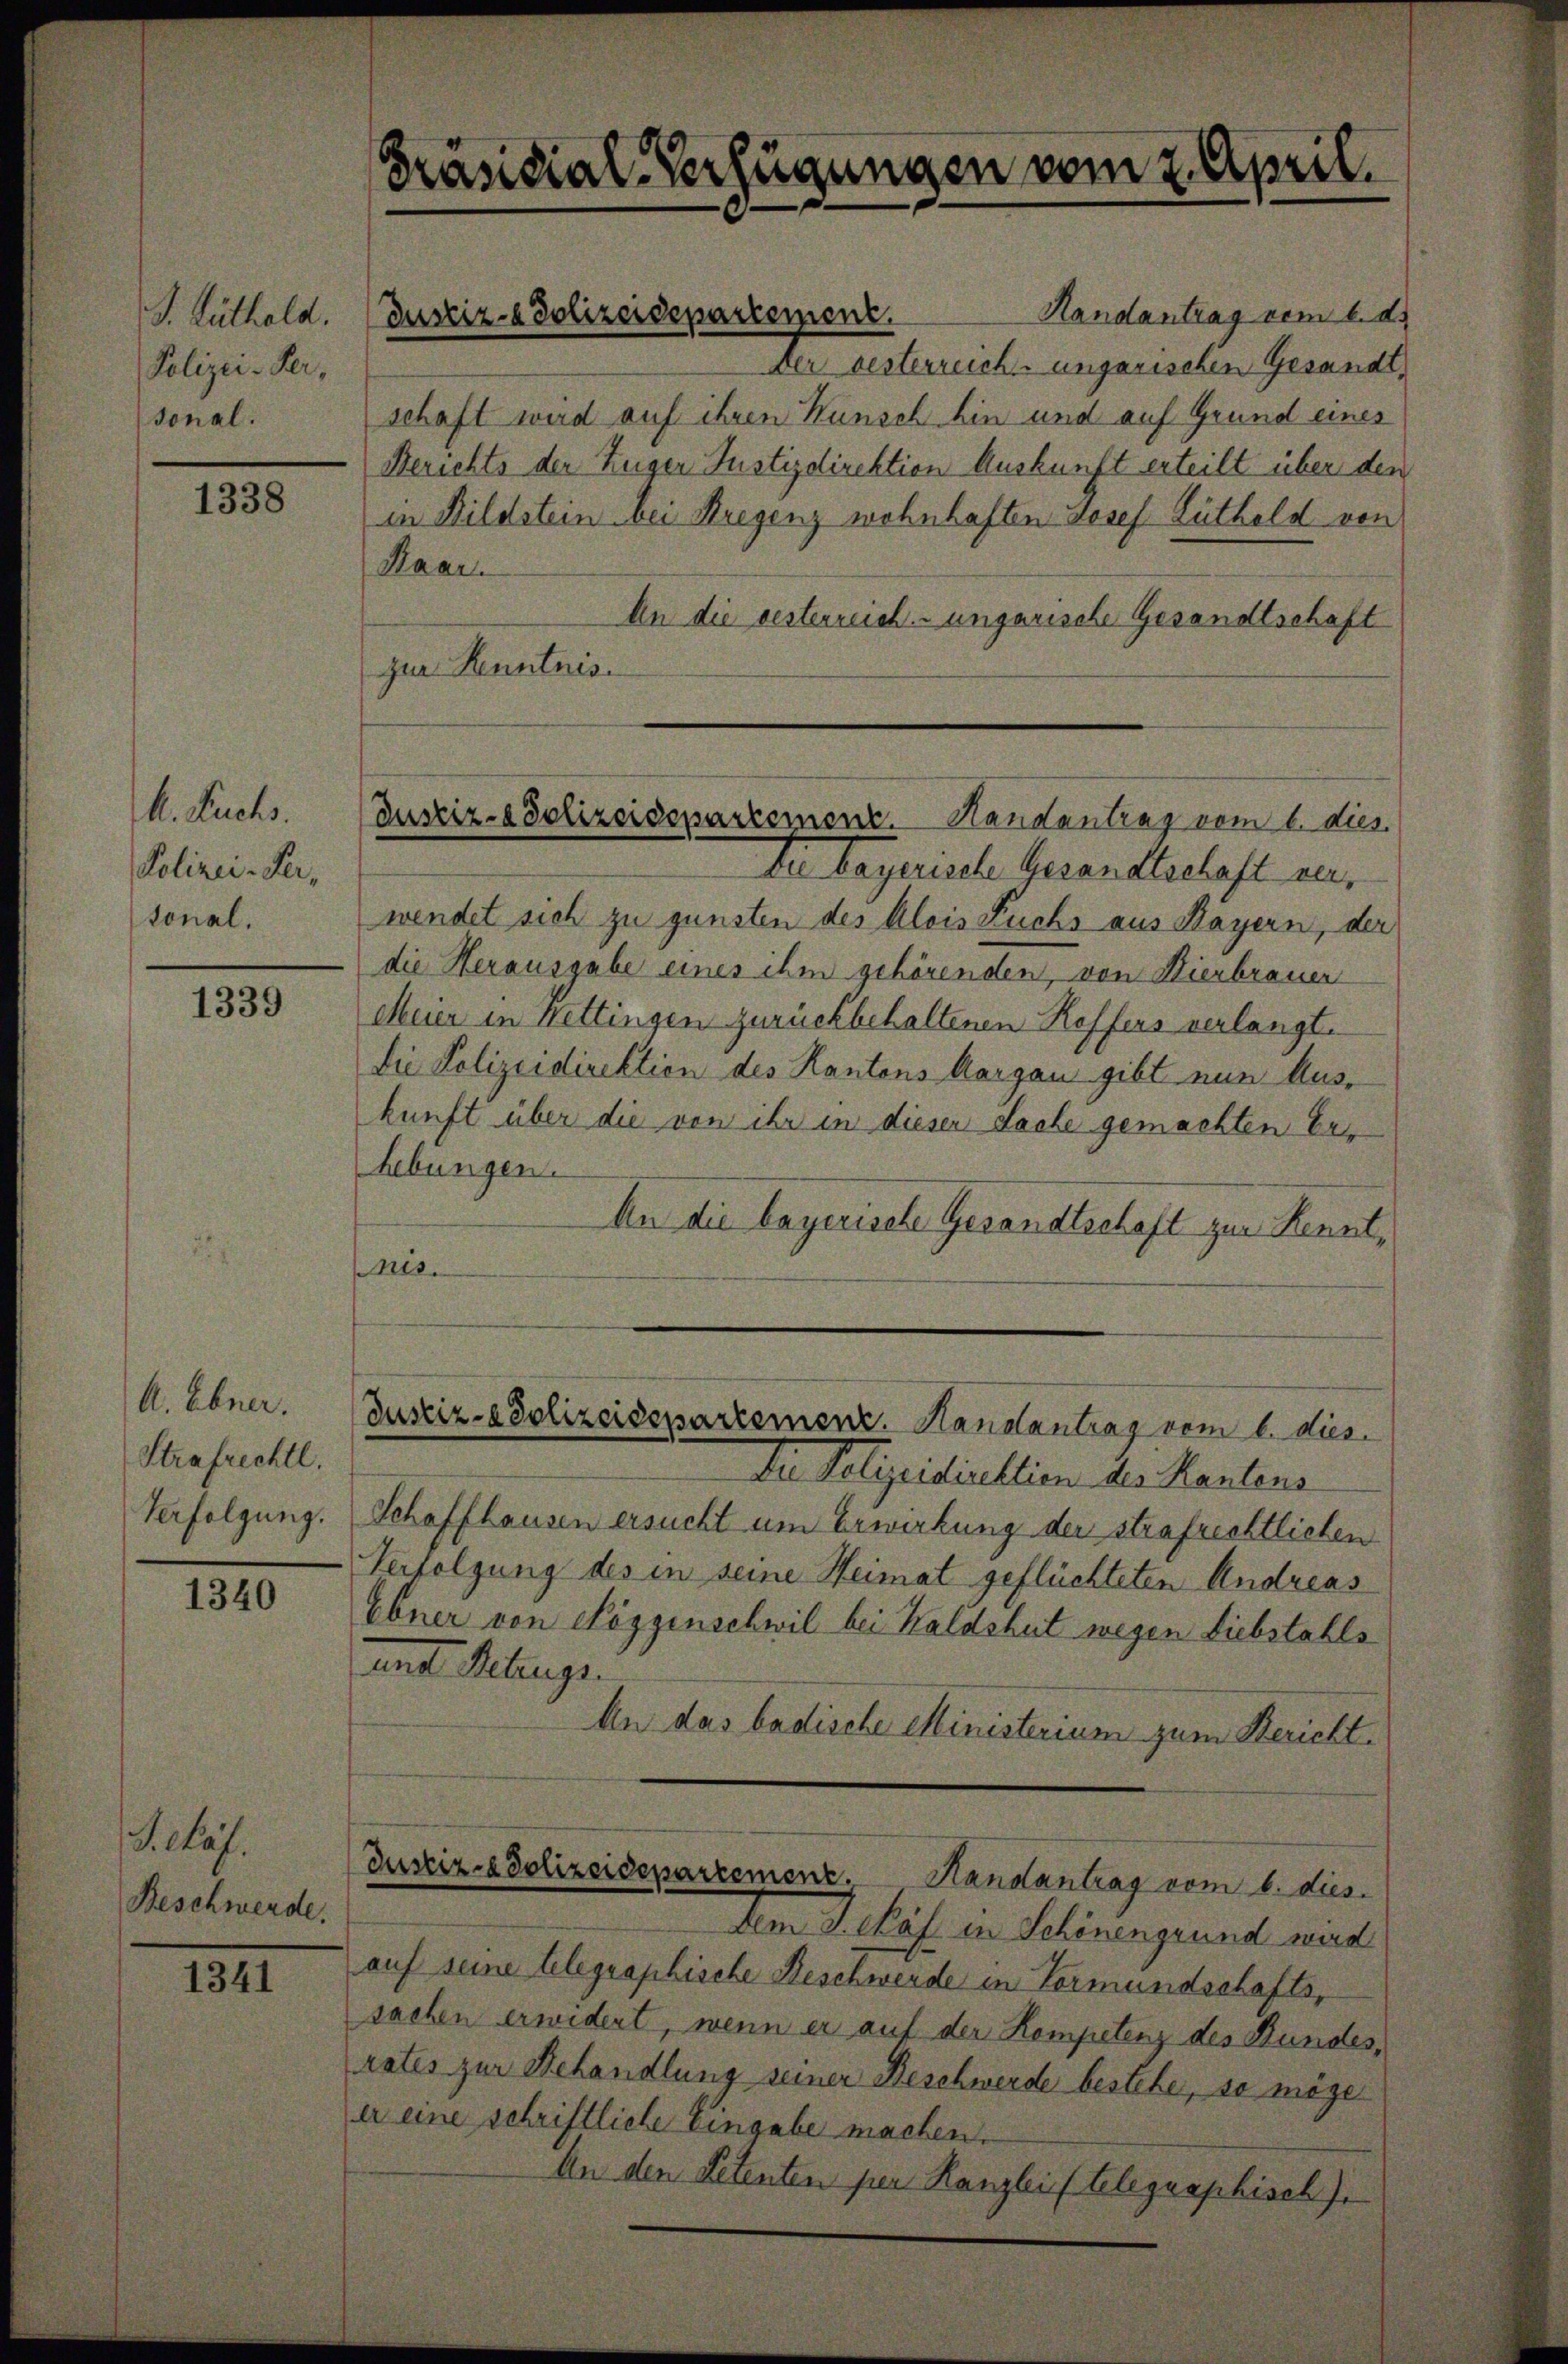
S. Lüthold.
Polizei- Versonal.

1338

k. Fuchs.
Polizei-Per,
tonal.

1339

A. Ebner.
Strafrechtl.
Verfolgung.

1340

J. cas.
Beschwerde.

1341

Präsidial-Verfügungen vom 2. April.

schaft wird auf ihren Kunsch hin und auf Grund eines
Berichts der Zuger Justizdirektion Auskunft erteilt über den
in Bildstein bei Bregenz wohnhaften Josef Lütheld von
An die gesterreich ungarische Gesandtschaft
zur Kenntnis.
te Lagerische Gesandtschaft verwendet sich zu gunsten des Alois Fuchs aus Bayern, der
die Herausgabe eines ihm gehörenden, von Hierbrauer
Meier in Hettingen zurückbehaltenen Reffers verlangt.
Die Polizeidirektion des Kantons Aargau gibt nun Aus-
kunft über die von ihr in dieser Sache gemachten Erhebungen.
An die bayerische Gesandtschaft zur Kennt¬
228.
Justiz-Polizeidepartement. Handlantrag vom 6. dies
In Polizeidirektion des Kantens
Schaffhausen ersucht um Erwirkung der strafrechtlichen
Verfolgung des in seine Heimat geflüchteten Andreas
Ebner von Roggenschwil bei Kaldshut wegen Liebstahls
mnt Gelege.
An das badische Ministerium zum Bericht.
(Justiz-Polizeidepartement. Handantrag vom 16. dies
Am J. Päf. in Schönengrund werd
auf seine telegraphische Beschwerde in Vormundschafts-
sachen erwidert, wenn er auf der Kompetenz des Bundes,
rates zur Behandlung seiner Beschwerde bestehe, so möge
er eine schriftliche Eingabe machen.
An den Petenten per Kanzlei telegraphisch)

Justiz- & Polizeidepartement.

Maar.

Justiz- & Polizeidepartement. Handantrag vom 6. dies.

Handantrag vom 6. d.
Der besterreich ungarischen Gesandt¬